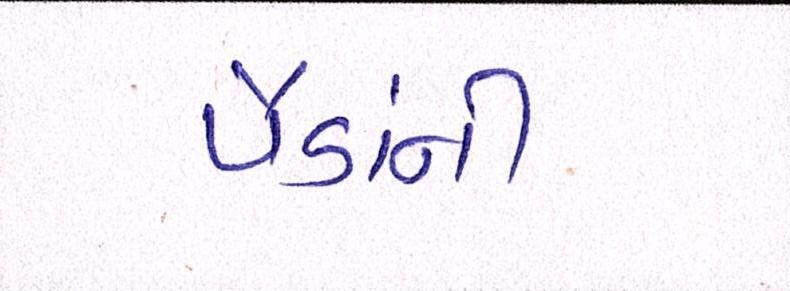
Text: પૈડાંની